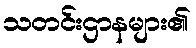
သတင်းဌာနများ၏